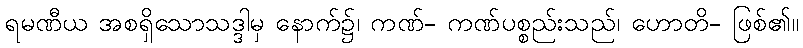
ရမဏီယ အစရှိသောသဒ္ဒါမှ နောက်၌၊ ကဏ်- ကဏ်ပစ္စည်းသည်၊ ဟောတိ- ဖြစ်၏။